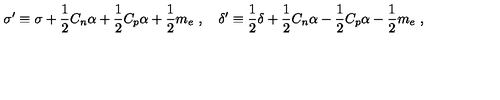
\sigma ^ { \prime } \equiv \sigma + { \frac { 1 } { 2 } } C _ { n } \alpha + { \frac { 1 } { 2 } } C _ { p } \alpha + { \frac { 1 } { 2 } } m _ { e } \ , \quad \delta ^ { \prime } \equiv { \frac { 1 } { 2 } } \delta + { \frac { 1 } { 2 } } C _ { n } \alpha - { \frac { 1 } { 2 } } C _ { p } \alpha - { \frac { 1 } { 2 } } m _ { e } \ ,